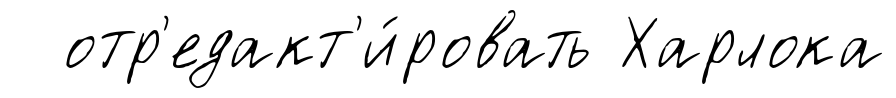
отр'едакт'и́ровать Харлока